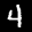
Label: 4